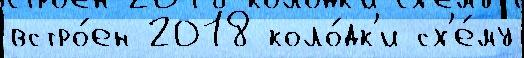
встро́ен 2018 коло́дк'и сх'е́му